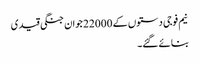
نیم فوجی دستوں کے 22000 جوان جنگی قیدی
بنائے گئے۔